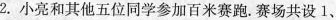
2.小亮和其他五位同学参加百米赛跑。赛场共设1、